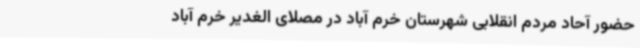
حضور آحاد مردم انقلابی شهرستان خرم آباد در مصلای الغدیر خرم آباد